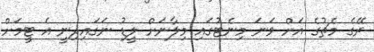
ރޭގެ މެޗުގެ އަށް ވަނަ މިނެޓުގައި މިލާނަށް ލީޑު ނަގައިދިނީ އެ ޓީމަށް